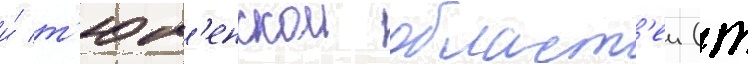
и́ т'юм'енскои област'еи (т